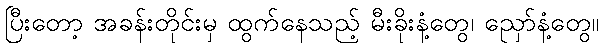
ပြီးတော့ အခန်းတိုင်းမှ ထွက်နေသည့် မီးခိုးနံ့တွေ၊ ညှော်နံ့တွေ။